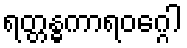
ရတ္တန္ဓကာရဝဂ္ဂေါ